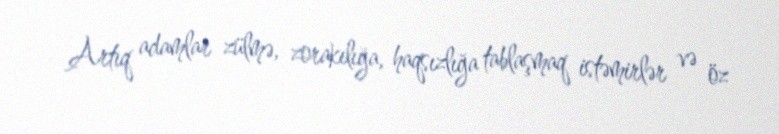
Artıq adamlar zülmə, zorakılığa, haqsızlığa tablaşmaq istəmirlər və öz